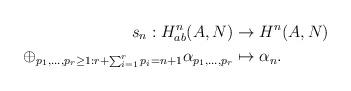
LaTeX: \begin{align*}s_n:H^n_{ab}(A,N)&\to H^n(A,N)\\\oplus_{p_1,\ldots,p_r\geq 1: r+\sum_{i=1}^rp_i=n+1} \alpha_{p_1,\ldots,p_r} &\mapsto \alpha_n.\end{align*}